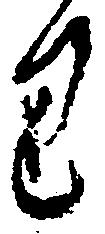
り